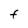
Character: F